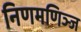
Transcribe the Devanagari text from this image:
निणमणिञ्ज